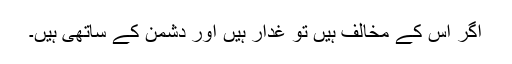
اگر اس کے مخالف ہیں تو غدار ہیں اور دشمن کے ساتھی ہیں۔